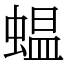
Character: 蝹